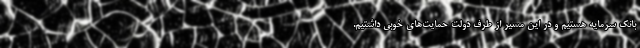
بانک سرمایه هستیم و در این مسیر از طرف دولت حمایت‌های خوبی داشتیم.